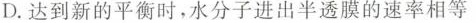
D.达到新的平衡时，水分子进出半透膜的速率相等